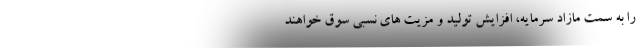
را به سمت مازادِ سرمایه، افزایشِ تولید و مزیت های نسبی سوق خواهند